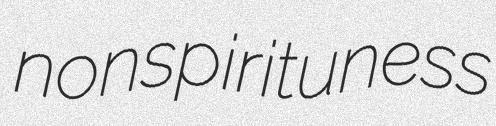
nonspirituness